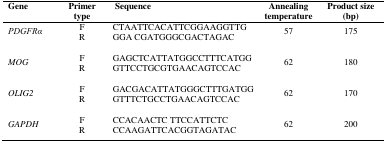
<table><thead><tr><td><b>Gene</b></td><td><b>Primer type</b></td><td><b>Sequence</b></td><td><b>Annealing temperature</b></td><td><b>Product size (bp)</b></td></tr></thead><tbody><tr><td><i>PDGFRα</i></td><td>F R</td><td>CTAATTCACATTCGGAAGGTTG GGA CGATGGGCGACTAGAC</td><td>57</td><td>175</td></tr><tr><td><i>MOG</i></td><td>F R</td><td>GAGCTCATTATGGCCTTTCATGG GTTCCTGCGTGAACAGTCCAC</td><td>62</td><td>180</td></tr><tr><td><i>OLIG2</i></td><td>F R</td><td>GACGACATTATGGGCTTTGATGG GTTTCTGCCTGAACAGTCCAC</td><td>62</td><td>170</td></tr><tr><td><i>GAPDH</i></td><td>F R</td><td>CCACAACTC TTCCATTCTC CCAAGATTCACGGTAGATAC</td><td>62</td><td>200</td></tr></tbody></table>